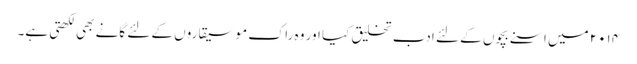
۲۰۱۴ میں اسنے بچوں کے لئے ادب تخلیق کیا اور وہ راک موسیقاروں کے لئے گانے بھی لکھتی ہے۔